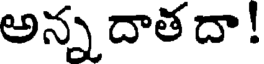
అన్న దాతదా!